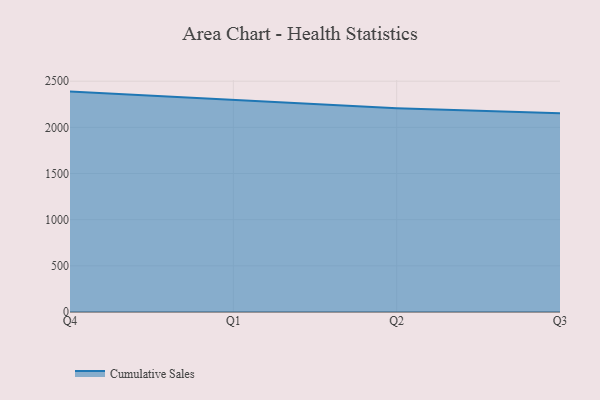
{"axis": {"x": "Quarter", "y": "Operating Costs (USD K)"}, "legend": ["Cumulative Sales"], "data": [{"x": "Q4", "y": 2387.4, "type": "Cumulative Sales"}, {"x": "Q1", "y": 2298.1, "type": "Cumulative Sales"}, {"x": "Q2", "y": 2208.0, "type": "Cumulative Sales"}, {"x": "Q3", "y": 2152.4, "type": "Cumulative Sales"}]}